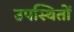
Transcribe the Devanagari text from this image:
उपस्थितों